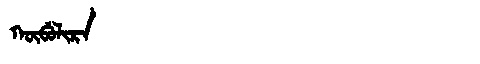
Manchu: ᡴᡡᠪᡠᠯᡳᡵᠠ
Romanization: KŪBULIRA